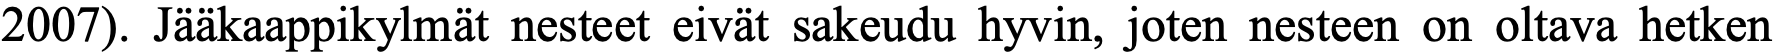
2007). Jääkaappikylmät nesteet eivät sakeudu hyvin, joten nesteen on oltava hetken